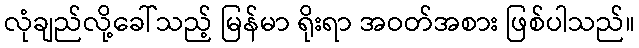
လုံချည်လို့ခေါ်သည့် မြန်မာ ရိုးရာ အဝတ်အစား ဖြစ်ပါသည်။